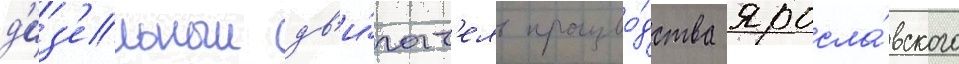
д'из'ельныи дв'и́гат'ель произво́дства яросла́вского